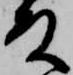
殿